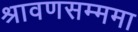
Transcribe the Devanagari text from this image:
श्रावणसम्ममा